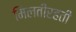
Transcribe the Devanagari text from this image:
मिलतीरहती